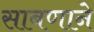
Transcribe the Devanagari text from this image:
साबणाने